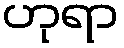
ဟုရာ